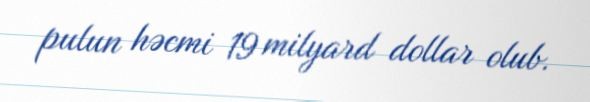
pulun həcmi 19 milyard dollar olub.